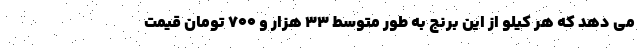
می دهد که هر کیلو از این برنج به طور متوسط ۳۳ هزار و ۷۰۰ تومان قیمت